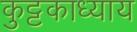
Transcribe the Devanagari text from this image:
कुट्टकाध्याय